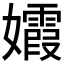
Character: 𡤕